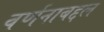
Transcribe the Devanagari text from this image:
वर्णनाबद्दल